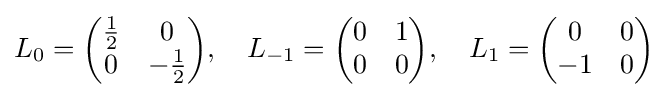
L_{0}={\begin{pmatrix}{1 \over 2}&0\\0&-{1 \over 2}\end{pmatrix}},\quad L_{-1}={\begin{pmatrix}0&1\\0&0\end{pmatrix}},\quad L_{1}={\begin{pmatrix}0&0\\-1&0\end{pmatrix}}